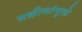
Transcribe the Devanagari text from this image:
प्रक्रीयांमुळे